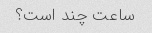
ساعت چند است؟